Leaving Certificate Examination, 1912
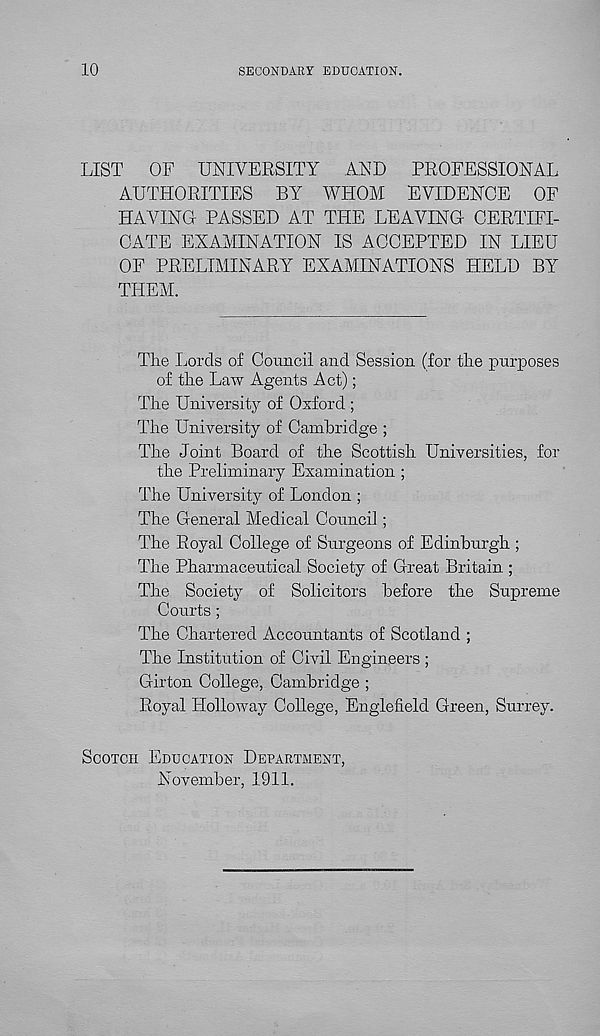
10
SECONDARY EDUCATION.
LIST OF UNIVERSITY AND PROFESSIONAL
AUTHORITIES BY WHOM EVIDENCE OF
HAVING PASSED AT THE LEAVING CERTIFI-
CATE EXAMINATION IS ACCEPTED IN LIEU
OF PRELIMINARY EXAMINATIONS HELD BY
THEM.
Tlie Lords of Council and Session (for the purposes
of the Law Agents Act);
The University of Oxford ;
The University of Cambridge ;
The Joint Board of the Scottish Universities, for
the Preliminary Examination ;
The University of London ;
The General Medical Council ;
The Royal College of Surgeons of Edinburgh ;
The Pharmaceutical Society of Great Britain ;
The Society of Solicitors before the Supreme
Courts ;
The Chartered Accountants of Scotland ;
The Institution of Civil Engineers ;
Girton College, Cambridge ;
Royal Holloway College, Englefield Green, Surrey.
SCOTCH EDUCATION DEPARTMENT,
November, 1911.